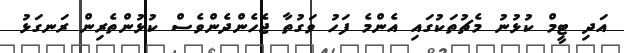
އަދި ޓީމް ކުޅުނު މެޗުތަކުގައި އެންމެ ފަހު ވަގުތާ ޖެހެންދެންވެސް ކުޅުންތެރިން ރަނގަޅު